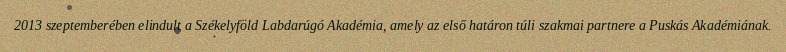
2013 szeptemberében elindult a Székelyföld Labdarúgó Akadémia, amely az első határon túli szakmai partnere a Puskás Akadémiának.